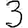
Digit: 3